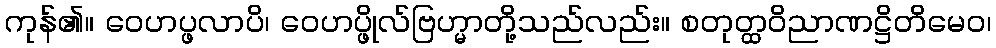
ကုန်၏။ ဝေဟပ္ဖလာပိ၊ ဝေဟပ္ဖိုလ်ဗြဟ္မာတို့သည်လည်း။ စတုတ္ထဝိညာဏဋ္ဌိတိမေဝ၊